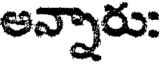
అన్నారు: